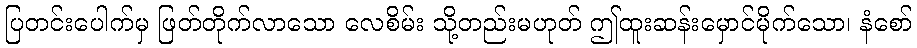
ပြတင်းပေါက်မှ ဖြတ်တိုက်လာသော လေစိမ်း သို့တည်းမဟုတ် ဤထူးဆန်းမှောင်မိုက်သော၊ နံစော်